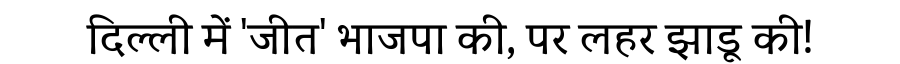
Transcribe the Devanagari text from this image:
दिल्ली में 'जीत' भाजपा की, पर लहर झाडू की!